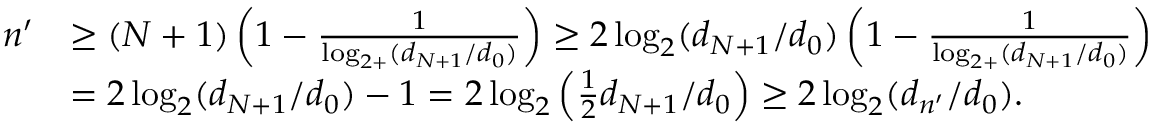
\begin{array} { r l } { n ^ { \prime } } & { \ge ( N + 1 ) \left( 1 - \frac { 1 } { \log _ { 2 + } ( d _ { N + 1 } / d _ { 0 } ) } \right) \ge 2 \log _ { 2 } ( d _ { N + 1 } / d _ { 0 } ) \left( 1 - \frac { 1 } { \log _ { 2 + } ( d _ { N + 1 } / d _ { 0 } ) } \right) } \\ & { = 2 \log _ { 2 } ( d _ { N + 1 } / d _ { 0 } ) - 1 = 2 \log _ { 2 } \left( \frac { 1 } { 2 } d _ { N + 1 } / d _ { 0 } \right) \ge 2 \log _ { 2 } ( d _ { n ^ { \prime } } / d _ { 0 } ) . } \end{array}